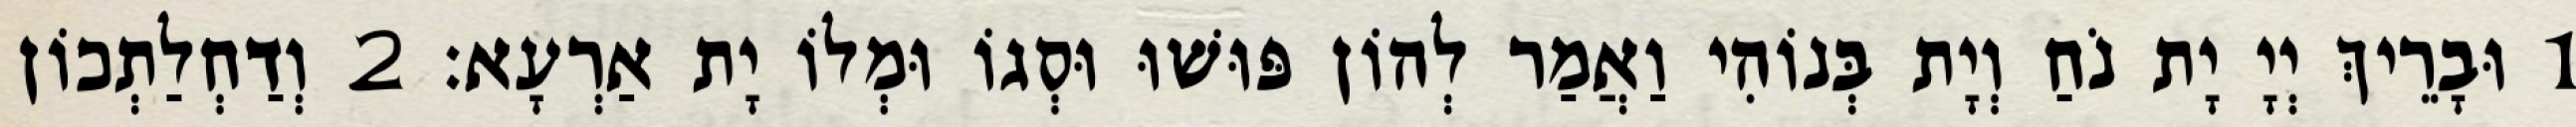
1 וּבָרֵיךְ יְיָ יָת נֹחַ וְיָת בְּנוֹהִי וַאֲמַר לְהוֹן פּוּשׁוּ וּסְגוֹ וּמְלוֹ יָת אַרְעָא׃ 2 וְדַחְלַתְכוֹן